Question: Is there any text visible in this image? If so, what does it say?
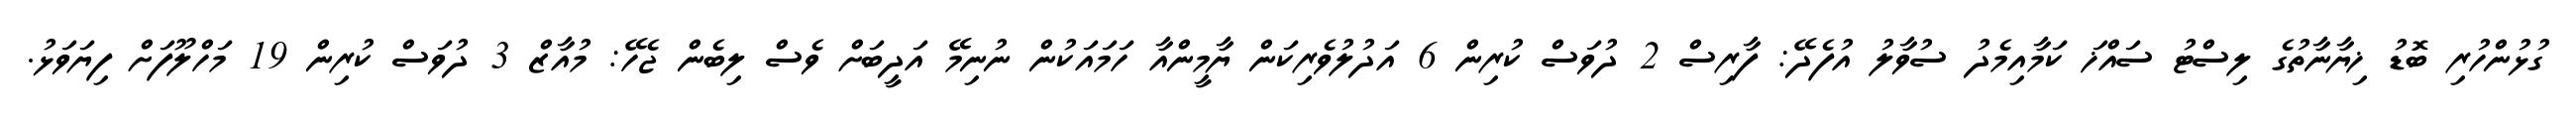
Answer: ގުޅުންހުރި ބޮޑު ޚިޔާނާތުގެ ލިސްޓު ސައްޚަ ކަމާއިމެދު ސުވާލު އުފެދޭ: ފާރިސް 2 ދުވަސް ކުރިން 6 އަދުލުވެރިކަން ޔާމީންއާ ހަމައަކުން ނުނިމޭ އަދީބަށް ވެސް ލިބެން ޖެހޭ: މުއާޒް 3 ދުވަސް ކުރިން 19 މަހްލޫފަށް ފިޔަވަޅު.